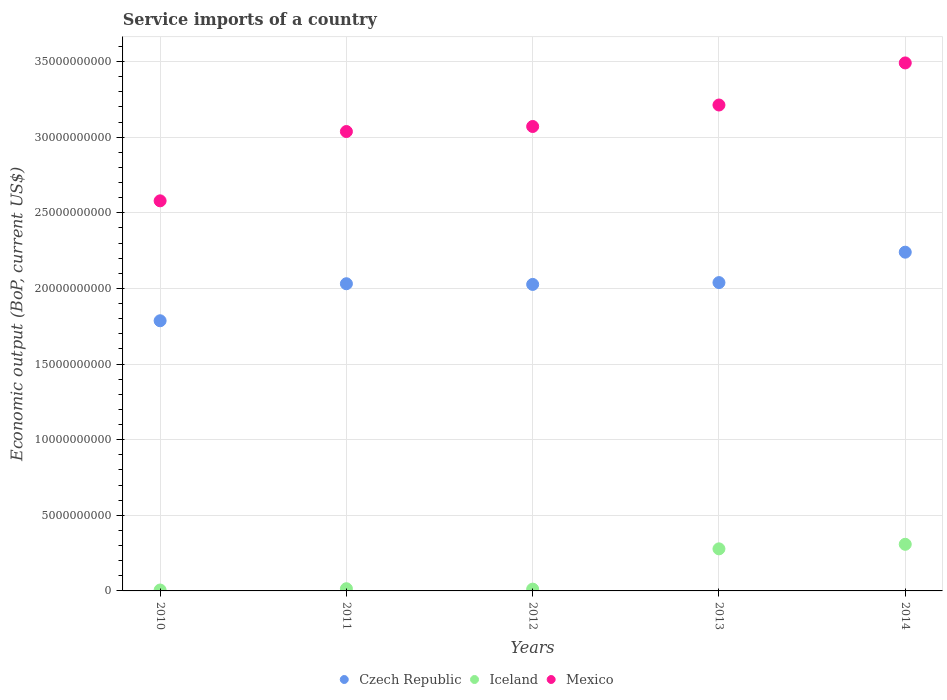
| Years | Czech Republic | Iceland | Mexico |
 | --- | --- | --- | --- |
 | 2010 | 1.79e+10 | 5.89e+07 | 2.58e+10 |
 | 2011 | 2.03e+10 | 1.45e+08 | 3.04e+10 |
 | 2012 | 2.03e+10 | 1.18e+08 | 3.07e+10 |
 | 2013 | 2.04e+10 | 2.78e+09 | 3.21e+10 |
 | 2014 | 2.24e+10 | 3.08e+09 | 3.49e+10 |